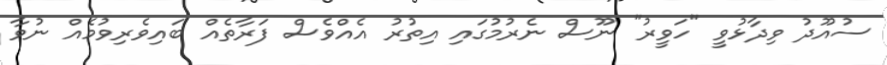
ސުއޫދު ވިދާޅުވީ "ހަވީރު" ނޫސް ނެރުމުގައި އިތުރު އެއްވެސް ފަރާތެއް ބައިވެރިވުމެއް ނުވާ